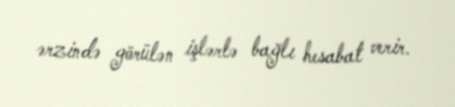
ərzində görülən işlərlə bağlı hesabat verir.